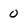
Character: 0